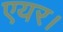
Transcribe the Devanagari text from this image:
एयर।